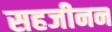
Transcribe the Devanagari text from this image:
सहजीनन